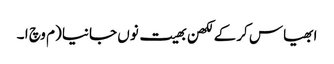
ابھیاس کرکے لکھن بھیت نوں جانیا (م وچ ا ۔